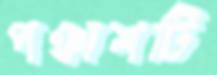
পঞ্চাশটি